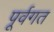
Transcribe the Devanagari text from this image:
पूर्वगत